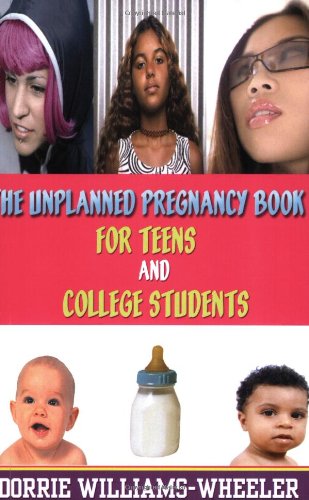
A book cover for The Unplanned Pregnancy Book for Teens and College Students; Dorrie Williams-Wheeler; Teen & Young Adult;